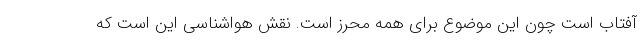
آفتاب است چون این موضوع برای همه محرز است. نقش هواشناسی این است که